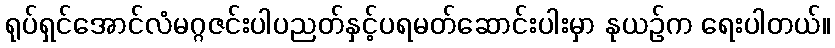
ရုပ်ရှင်အောင်လံမဂ္ဂဇင်းပါပညတ်နှင့်ပရမတ်ဆောင်းပါးမှာ နုယဉ်က ရေးပါတယ်။